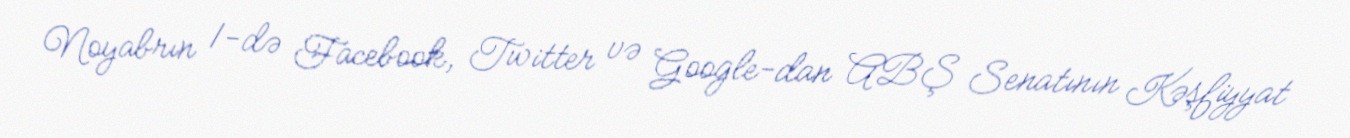
Noyabrın 1-də Facebook, Twitter və Google-dan ABŞ Senatının Kəşfiyyat